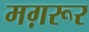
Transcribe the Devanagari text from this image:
मग़रूर